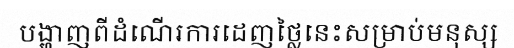
បង្ហាញពីដំណើរការដេញថ្លៃនេះសម្រាប់មនុស្ស